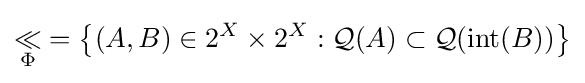
\mathop {\ll } _{\Phi }=\left\{(A,B)\in 2^{X}\times 2^{X}:{\mathcal {Q}}(A)\subset {\mathcal {Q}}({\mbox{int}}(B))\right\}